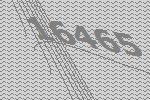
16465